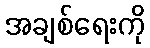
အချစ်ရေးကို